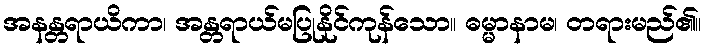
အနန္တရာယိကာ၊ အန္တရာယ်မပြုနိုင်ကုန်သော။ ဓမ္မာနာမ၊ တရားမည်၏။